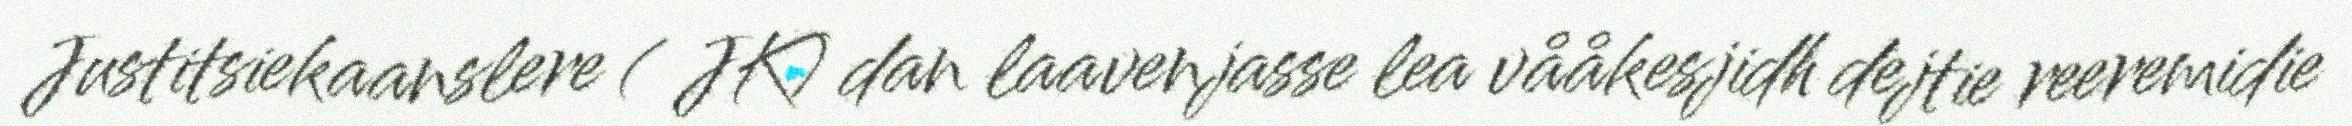
Justitsiekaanslere ( JK) dan laavenjasse lea vååkesjidh dejtie reeremidie